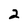
Character: 2